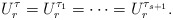
\begin{align*}U_{r}^{\tau}=U_{r}^{\tau_1}=\cdots=U_{r}^{\tau_{s+1}}.\end{align*}